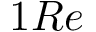
1 R e